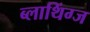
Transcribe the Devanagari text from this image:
ब्लाथिंग्ज